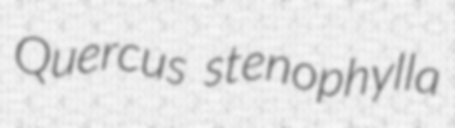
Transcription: Quercus stenophylla